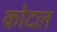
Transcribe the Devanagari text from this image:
कोदल